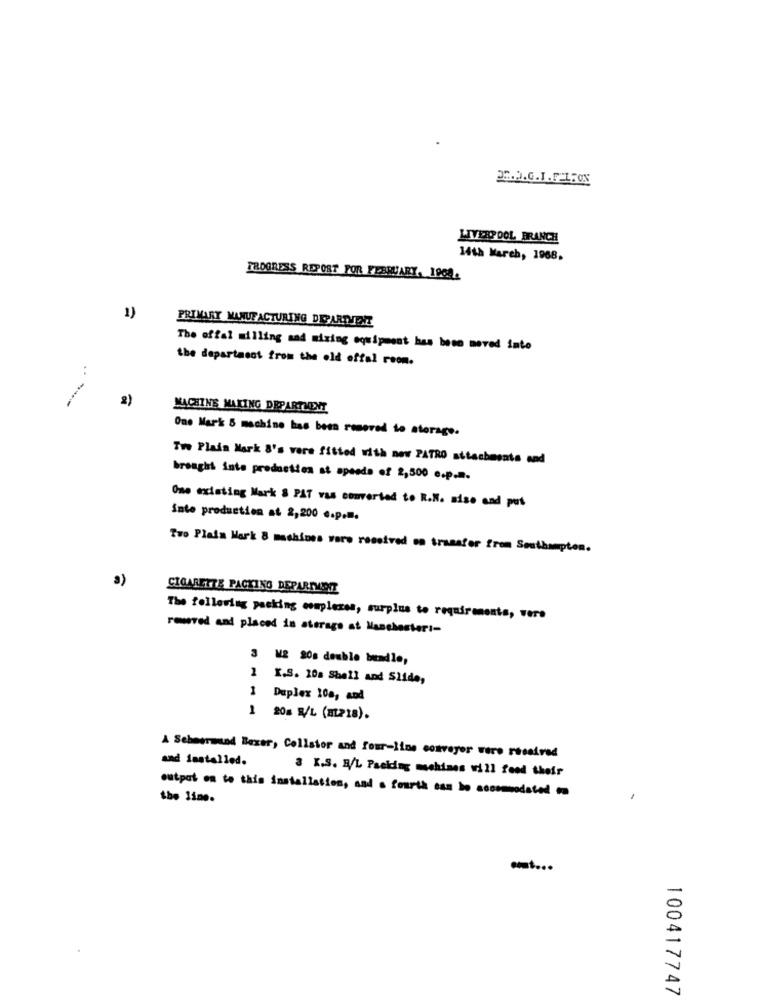
DR.P.G.J. FELBON
LIVERPOOL BRANCH
14th March, 1968.
PROGRESS REPORT FOR FEBRUARY, 1908.
1)
PRIMARY MANUFACTURING DEPARTMENT
The offal milling sad mixing equipment has bese moved into
the department from the old offal room.
2)
MACHINE MAKING DEPARTMENT
One Mark & machine has been removed to storage.
Twe Plain Mark 8's vere fitted with new PATRO attachments and
brought inte production at speeds of 2,500 e.p.m.
One existing Mark § PAT vas converted to R.N. sise and put
inte production at 2,200 e.p.m.
Two Plain Mark 8 machines voro received on transfer from Southampton.
3)
CIGARETTE PACKING DEPARTMENT
The following packing complexes, surplus to requirements, vers
rowsved and placed in aterago at Manchesteri-
3 W2 20s double bundle,
1
X.S. 10a Shell and Slide,
1
Duplex 100, and
1 20% R/L (a1218).
and installed.
A Schmermund Boxer, Collstor and four-line conveyor vere received
3 K.S. B/L Packing machines will food their
output on to this installation, and a fourth can ho accommodated co
the line.
100417747